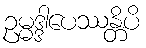
ဥမ္မဒ္ဒါပေဿန္တိပိ